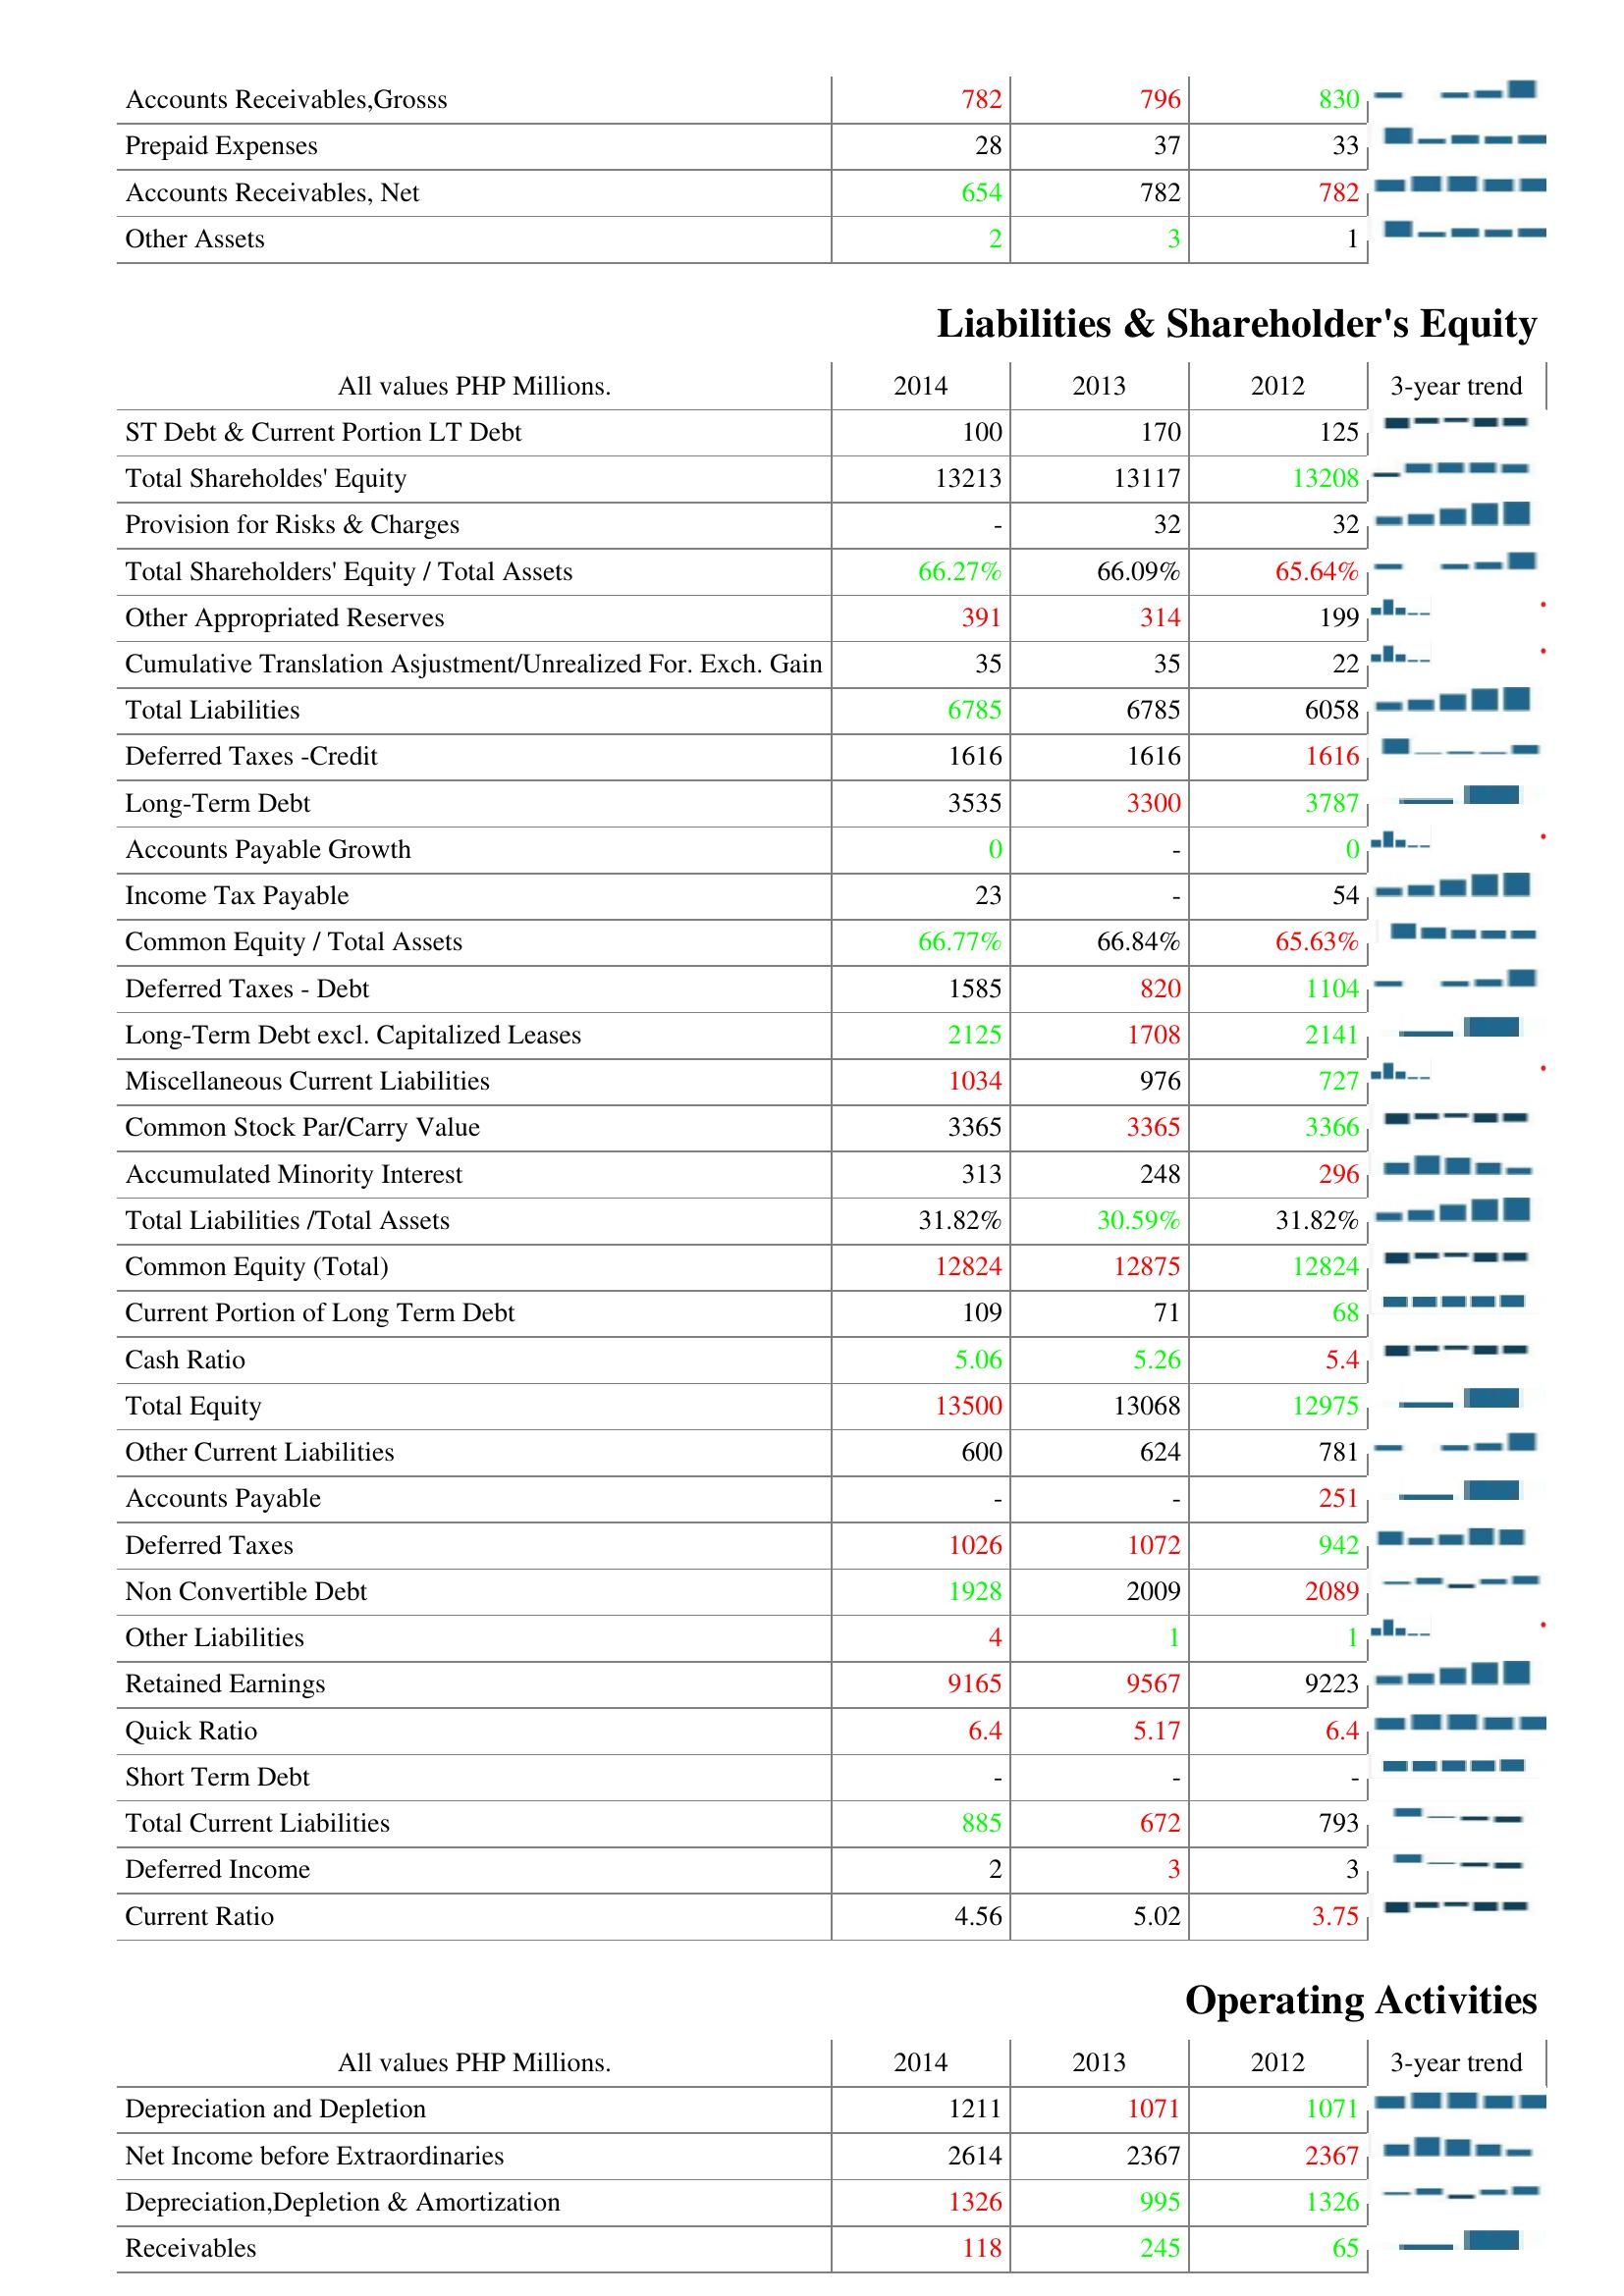
2014: Assets: Accounts Receivables,Grosss: 782
Prepaid Expenses: 28
Accounts Receivables, Net: 654
Other Assets: 2
Liabilities & Shareholder's Equity: ST Debt & Current Portion LT Debt: 100
Total Shareholdes' Equity: 13213
Provision for Risks & Charges: -
Total Shareholders' Equity / Total Assets: 66.27%
Other Appropriated Reserves: 391
Cumulative Translation Asjustment/Unrealized For. Exch. Gain: 35
Total Liabilities: 6785
Deferred Taxes -Credit: 1616
Long-Term Debt: 3535
Accounts Payable Growth: 0
Income Tax Payable: 23
Common Equity / Total Assets: 66.77%
Deferred Taxes - Debt: 1585
Long-Term Debt excl. Capitalized Leases: 2125
Miscellaneous Current Liabilities: 1034
Common Stock Par/Carry Value: 3365
Accumulated Minority Interest: 313
Total Liabilities /Total Assets: 31.82%
Common Equity (Total): 12824
Current Portion of Long Term Debt: 109
Cash Ratio: 5.06
Total Equity: 13500
Other Current Liabilities: 600
Accounts Payable: -
Deferred Taxes: 1026
Non Convertible Debt: 1928
Other Liabilities: 4
Retained Earnings: 9165
Quick Ratio: 6.4
Short Term Debt: -
Total Current Liabilities: 885
Deferred Income: 2
Current Ratio: 4.56
Operating Activities: Depreciation and Depletion: 1211
Net Income before Extraordinaries: 2614
Depreciation,Depletion & Amortization: 1326
Receivables: 118
2013: Assets: Accounts Receivables,Grosss: 796
Prepaid Expenses: 37
Accounts Receivables, Net: 782
Other Assets: 3
Liabilities & Shareholder's Equity: ST Debt & Current Portion LT Debt: 170
Total Shareholdes' Equity: 13117
Provision for Risks & Charges: 32
Total Shareholders' Equity / Total Assets: 66.09%
Other Appropriated Reserves: 314
Cumulative Translation Asjustment/Unrealized For. Exch. Gain: 35
Total Liabilities: 6785
Deferred Taxes -Credit: 1616
Long-Term Debt: 3300
Accounts Payable Growth: -
Income Tax Payable: -
Common Equity / Total Assets: 66.84%
Deferred Taxes - Debt: 820
Long-Term Debt excl. Capitalized Leases: 1708
Miscellaneous Current Liabilities: 976
Common Stock Par/Carry Value: 3365
Accumulated Minority Interest: 248
Total Liabilities /Total Assets: 30.59%
Common Equity (Total): 12875
Current Portion of Long Term Debt: 71
Cash Ratio: 5.26
Total Equity: 13068
Other Current Liabilities: 624
Accounts Payable: -
Deferred Taxes: 1072
Non Convertible Debt: 2009
Other Liabilities: 1
Retained Earnings: 9567
Quick Ratio: 5.17
Short Term Debt: -
Total Current Liabilities: 672
Deferred Income: 3
Current Ratio: 5.02
Operating Activities: Depreciation and Depletion: 1071
Net Income before Extraordinaries: 2367
Depreciation,Depletion & Amortization: 995
Receivables: 245
2012: Assets: Accounts Receivables,Grosss: 830
Prepaid Expenses: 33
Accounts Receivables, Net: 782
Other Assets: 1
Liabilities & Shareholder's Equity: ST Debt & Current Portion LT Debt: 125
Total Shareholdes' Equity: 13208
Provision for Risks & Charges: 32
Total Shareholders' Equity / Total Assets: 65.64%
Other Appropriated Reserves: 199
Cumulative Translation Asjustment/Unrealized For. Exch. Gain: 22
Total Liabilities: 6058
Deferred Taxes -Credit: 1616
Long-Term Debt: 3787
Accounts Payable Growth: 0
Income Tax Payable: 54
Common Equity / Total Assets: 65.63%
Deferred Taxes - Debt: 1104
Long-Term Debt excl. Capitalized Leases: 2141
Miscellaneous Current Liabilities: 727
Common Stock Par/Carry Value: 3366
Accumulated Minority Interest: 296
Total Liabilities /Total Assets: 31.82%
Common Equity (Total): 12824
Current Portion of Long Term Debt: 68
Cash Ratio: 5.4
Total Equity: 12975
Other Current Liabilities: 781
Accounts Payable: 251
Deferred Taxes: 942
Non Convertible Debt: 2089
Other Liabilities: 1
Retained Earnings: 9223
Quick Ratio: 6.4
Short Term Debt: -
Total Current Liabilities: 793
Deferred Income: 3
Current Ratio: 3.75
Operating Activities: Depreciation and Depletion: 1071
Net Income before Extraordinaries: 2367
Depreciation,Depletion & Amortization: 1326
Receivables: 65